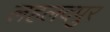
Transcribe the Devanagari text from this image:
लहलदपुर